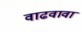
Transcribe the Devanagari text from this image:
वाढवावा